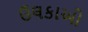
ઉલકાઓ